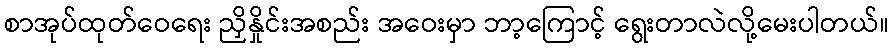
စာအုပ်ထုတ်ဝေရေး ညှိနှိုင်းအစည်း အဝေးမှာ ဘာ့ကြောင့် ရွေးတာလဲလို့မေးပါတယ်။